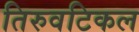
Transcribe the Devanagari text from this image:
तिरुवटिकल